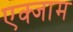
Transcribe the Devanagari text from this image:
एक्जाम